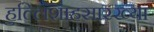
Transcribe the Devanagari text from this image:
हुल्लिशाहसारख्या